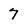
Character: 7